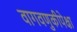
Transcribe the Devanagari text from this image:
वागवणुकीपेक्षा